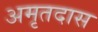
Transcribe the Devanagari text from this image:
अमृतदास